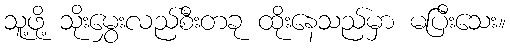
သူ့ဖို့ သိုးမွှေးလည်စီးတခု ထိုးနေသည်မှာ မပြီးသေး။